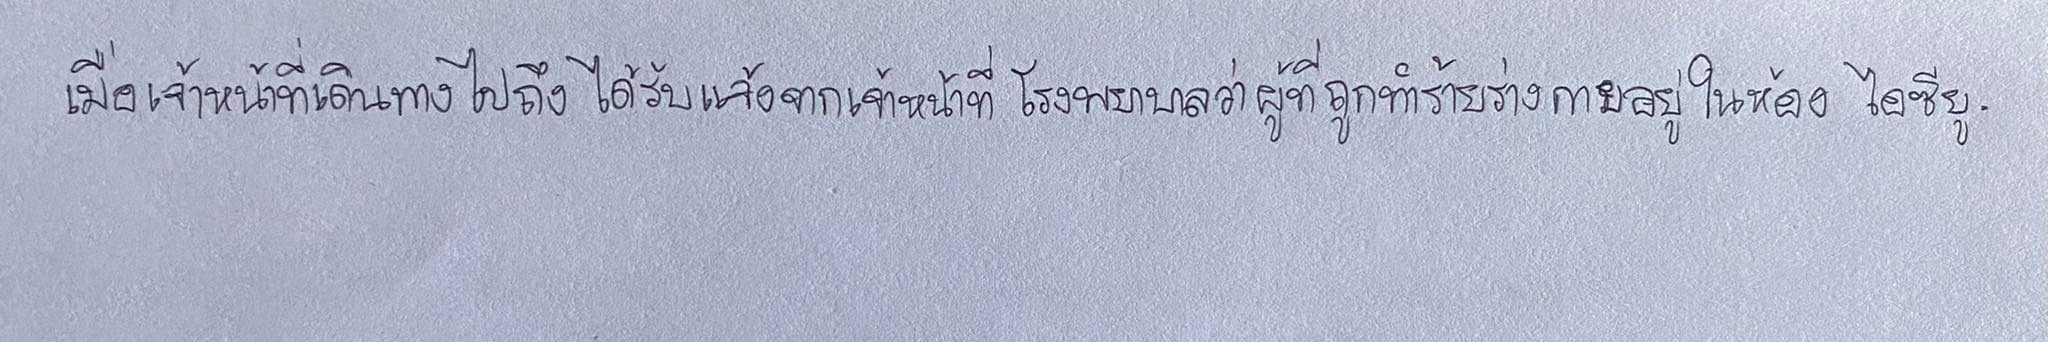
เมื่อเจ้าหน้าที่เดินทางไปถึงได้รับแจ้งจากเจ้าหน้าที่โรงพยาบาลว่าผู้ที่ถูกทำร้ายร่างกายอยู่ในห้อง ไอซียู.